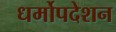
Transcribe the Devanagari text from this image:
धर्मोपदेशन